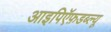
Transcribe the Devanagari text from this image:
आइपिऍफ़डब्ल्यू